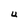
Character: U